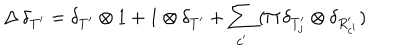
LaTeX: \Delta \, \delta _ { T ^ { \prime } } = \delta _ { T ^ { \prime } } \otimes 1 + 1 \otimes \delta _ { T ^ { \prime } } + \sum _ { c ^ { \prime } } \, ( \Pi \, \delta _ { T _ { j } ^ { \prime } } \otimes \delta _ { R _ { c ^ { \prime } } ^ { \prime } } )